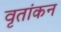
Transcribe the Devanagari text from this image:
वृतांकन